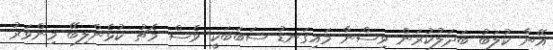
އޭނާ ކުލަބު ބަދަލުކުރަން ވިސްނާ މައިގަނޑު ސަބަބަކީ ވެސް މެޗު ކުޅެންލިބޭ މިންވަރު